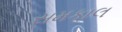
સમકાલ